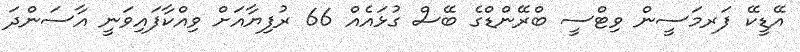
އޭޑީކޭ ފަރމަސީން ވިޓްސީ ބްރޭންޑްގެ ބޭސް ގުޅައެއް 66 ރުފިޔާއަށް ވިއްކާފައިވަނީ އާސަންދަ